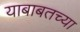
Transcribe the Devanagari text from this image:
याबाबतच्या